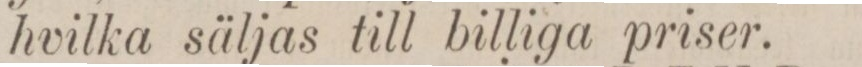
hvilka säljas till billiga priser.